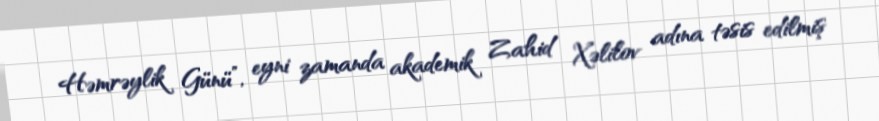
Həmrəylik Günü”, eyni zamanda akademik Zahid Xəlilov adına təsis edilmiş